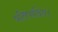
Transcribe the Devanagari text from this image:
प्रतिपादित।